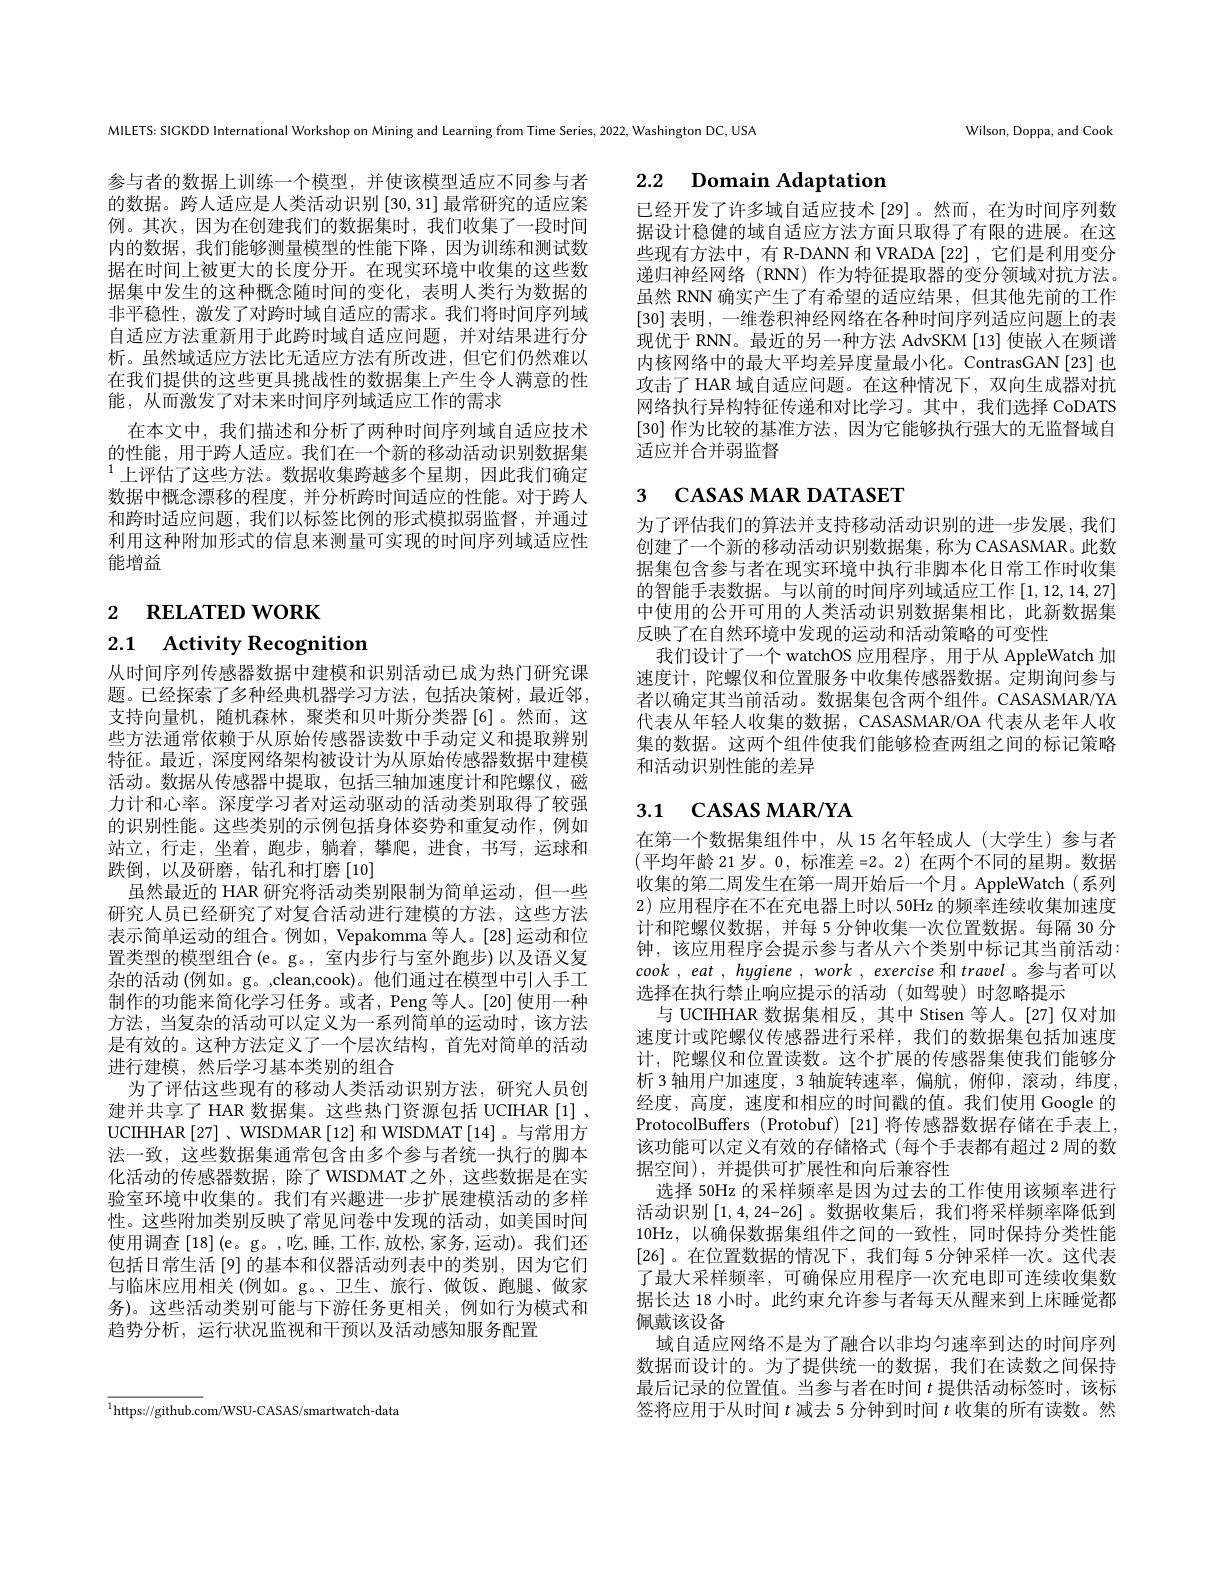
Wilson, Doppa, and Cook

MILETS: SIGKDD International Workshop on Mining and Learning from Time Series, 2022, Washington DC, USA

# 2.2 Domain Adaptation

已经开发了许多域自适应技术[29]。然而，在为时间序列数据设计稳健的域自适应方法方面只取得了有限的进展。在这些现有方法中，有 R-DANN 和 VRADA [22] ,它们是利用变分递归神经网络 (RNN) 作为特征提取器的变分领域对抗方法。虽然 RNN 确实产生了有希望的适应结果，但其他先前的工作[30]表明 , 一维卷积神经网络在各种时间序列适应问题上的表现优于 RNN。最近的另一种方法 AdvSKM [13] 使嵌入在频谱内核网络中的最大平均差异度量最小化。ContrasGAN[23]也攻击了 HAR 域自适应问题。在这种情况下，双向生成器对抗网络执行异构特征传递和对比学习。其中，我们选择 CoDATS [30]作为比较的基准方法，因为它能够执行强大的无监督域自适应并合并弱监督

参与者的数据上训练一个模型，并使该模型适应不同参与者的数据。跨人适应是人类活动识别[30,31]最常研究的适应案例。其次，因为在创建我们的数据集时，我们收集了一段时间内的数据，我们能够测量模型的性能下降，因为训练和测试数据在时间上被更大的长度分开。在现实环境中收集的这些数据集中发生的这种概念随时间的变化，表明人类行为数据的非平稳性，激发了对跨时域自适应的需求。我们将时间序列域自适应方法重新用于此跨时域自适应问题，并对结果进行分析。虽然域适应方法比无适应方法有所改进，但它们仍然难以在我们提供的这些更具挑战性的数据集上产生令人满意的性能，从而激发了对未来时间序列域适应工作的需求
在本文中，我们描述和分析了两种时间序列域自适应技术的性能，用于跨人适应。我们在一个新的移动活动识别数据集$^{1}$上评估了这些方法。数据收集跨越多个星期，因此我们确定数据中概念漂移的程度，并分析跨时间适应的性能。对于跨人和跨时适应问题，我们以标签比例的形式模拟弱监督，并通过利用这种附加形式的信息来测量可实现的时间序列域适应性能增益

# 3 CASAS MAR DATASET

2 RELATED WORK

2.1 Activity Recognition

为了评估我们的算法并支持移动活动识别的进一步发展，我们创建了一个新的移动活动识别数据集，称为 CASASMAR。此数据集包含参与者在现实环境中执行非脚本化日常工作时收集的智能手表数据。与以前的时间序列域适应工作[1,12,14,27] 中使用的公开可用的人类活动识别数据集相比，此新数据集反映了在自然环境中发现的运动和活动策略的可变性
我们设计了一个 watchOS 应用程序，用于从 AppleWatch 加速度计，陀螺仪和位置服务中收集传感器数据。定期询问参与者以确定其当前活动。数据集包含两个组件。CASASMAR/YA 代表从年轻人收集的数据，CASASMAR/OA 代表从老年人收集的数据。这两个组件使我们能够检查两组之间的标记策略和活动识别性能的差异

# 3.1 CASAS MAR/YA

从时间序列传感器数据中建模和识别活动已成为热门研究课题。已经探索了多种经典机器学习方法，包括决策树，最近邻， 支持向量机，随机森林，聚类和贝叶斯分类器[6]。然而，这些方法通常依赖于从原始传感器读数中手动定义和提取辨别特征。最近，深度网络架构被设计为从原始传感器数据中建模活动。数据从传感器中提取，包括三轴加速度计和陀螺仪，磁力计和心率。深度学习者对运动驱动的活动类别取得了较强的识别性能。这些类别的示例包括身体姿势和重复动作，例如站立，行走，坐着，跑步，躺着，攀爬，进食，书写，运球和跌倒，以及研磨，钻孔和打磨[10]
虽然最近的 HAR 研究将活动类别限制为简单运动，但一些研究人员已经研究了对复合活动进行建模的方法，这些方法表示简单运动的组合。例如，Vepakomma 等人。[28]运动和位置类型的模型组合(e。g。, 室内步行与室外跑步)以及语义复杂的活动 (例如。g。,clean,cook)。他们通过在模型中引入手工制作的功能来简化学习任务。或者，Peng 等人。[20] 使用一种方法，当复杂的活动可以定义为一系列简单的运动时，该方法是有效的。这种方法定义了一个层次结构，首先对简单的活动进行建模，然后学习基本类别的组合
为了评估这些现有的移动人类活动识别方法，研究人员创建并共享了 HAR 数据集。这些热门资源包括 UCIHAR [1] 、 UCIHHAR [27] 、WISDMAR [12] 和 WISDMAT [14] 。与常用方法一致，这些数据集通常包含由多个参与者统一执行的脚本化活动的传感器数据，除了WISDMAT之外，这些数据是在实验室环境中收集的。我们有兴趣进一步扩展建模活动的多样性。这些附加类别反映了常见问卷中发现的活动，如美国时间使用调查[18](e。g。,吃，睡，工作，放松，家务，运动)。我们还包括日常生活 [9] 的基本和仪器活动列表中的类别，因为它们与临床应用相关 (例如。g。、卫生、旅行、做饭、跑腿、做家务)。这些活动类别可能与下游任务更相关，例如行为模式和趋势分析，运行状况监视和干预以及活动感知服务配置

在第一个数据集组件中，从 15 名年轻成人(大学生)参与者(平均年龄 21 岁。0, 标准差 =2。2)在两个不同的星期。数据收集的第二周发生在第一周开始后一个月。AppleWatch(系列2)应用程序在不在充电器上时以 50Hz 的频率连续收集加速度计和陀螺仪数据，并每 5 分钟收集一次位置数据。每隔 30 分钟，该应用程序会提示参与者从六个类别中标记其当前活动： cook , eat , hygiene , work , exercise 和 travel 。参与者可以选择在执行禁止响应提示的活动(如驾驶)时忽略提示
与 UCIHHAR 数据集相反，其中 Stisen 等人。[27] 仅对加速度计或陀螺仪传感器进行采样，我们的数据集包括加速度计，陀螺仪和位置读数。这个扩展的传感器集使我们能够分析 3 轴用户加速度，3 轴旋转速率，偏航，俯仰，滚动，纬度， 经度，高度，速度和相应的时间戳的值。我们使用 Google 的ProtocolBuffers (Protobuf) [21] 将传感器数据存储在手表上， 该功能可以定义有效的存储格式(每个手表都有超过 2 周的数据空间),并提供可扩展性和向后兼容性
选择 50Hz 的采样频率是因为过去的工作使用该频率进行活动识别$\left[1,4,24-26\right]$。数据收集后，我们将采样频率降低到10Hz,以确保数据集组件之间的一致性，同时保持分类性能[26]。在位置数据的情况下，我们每 5 分钟采样一次。这代表了最大采样频率，可确保应用程序一次充电即可连续收集数据长达 18 小时。此约束允许参与者每天从醒来到上床睡觉都佩戴该设备
域自适应网络不是为了融合以非均匀速率到达的时间序列数据而设计的。为了提供统一的数据，我们在读数之间保持最后记录的位置值。当参与者在时间$t$提供活动标签时，该标签将应用于从时间$t$减去 5 分钟到时间$t$收集的所有读数。然

${\overline{^{1}\text{https://github.com/WSU-CASAS/smartwatch-data}}}$